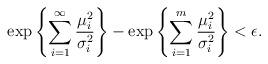
LaTeX: \begin{align*}\exp\left\{ \sum_{i=1}^{\infty} \frac{\mu_{i}^{2}}{\sigma_{i}^{2}} \right\}-\exp\left\{ \sum_{i=1}^{m} \frac{\mu_{i}^{2}}{\sigma_{i}^{2}} \right\} < \epsilon.\end{align*}